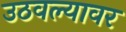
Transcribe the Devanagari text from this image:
उठवल्यावर